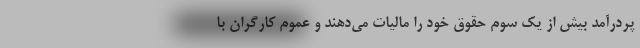
پردرآمد بیش از یک سوم حقوق خود را مالیات می‌دهند و عموم کارگران با